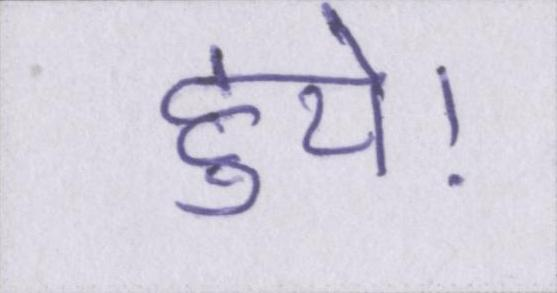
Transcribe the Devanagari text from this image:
हुये।